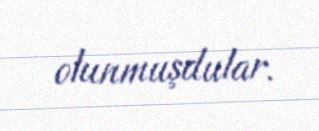
olunmuşdular.